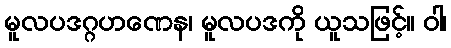
မူလပဒဂ္ဂဟဏေန၊ မူလပဒကို ယူသဖြင့်။ ဝါ၊